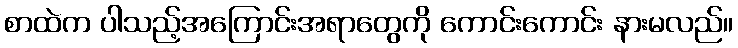
စာထဲက ပါသည့်အကြောင်းအရာတွေကို ကောင်းကောင်း နားမလည်။